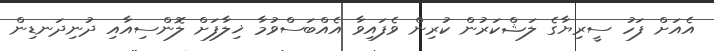
އެއަށް ފަހު ސީރިޔާގެ ލަޝްކަރުން ކުރިން ވެފައިވާ އެއްބަސްވުމާ ޚިލާފަށް ލޮންސިއާއި ދުނިދަނޑިން